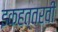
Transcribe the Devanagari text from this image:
इकहत्तरवीं